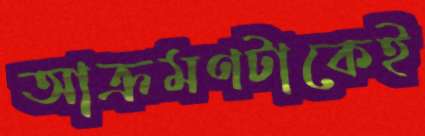
আক্রমণটাকেই